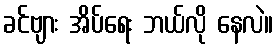
ခင်ဗျား အိပ်ရေး ဘယ်လို နေလဲ။